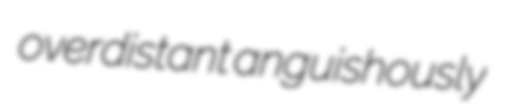
overdistant anguishously